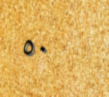
٥٠